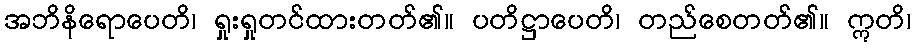
အဘိနိရောပေတိ၊ ရှုးရှုတင်ထားတတ်၏။ ပတိဋ္ဌာပေတိ၊ တည်စေတတ်၏။ ဣတိ၊